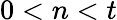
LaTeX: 0<n<t